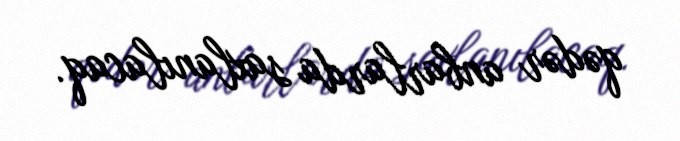
qədər anbarlarda saxlanılacaq.